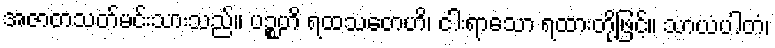
အဇာတသတ်မင်းသားသည်။ ပဉ္စဟိ ရထသတေဟိ၊ ငါးရာသော ရထားတို့ဖြင့်။ သာယံပါတံ၊